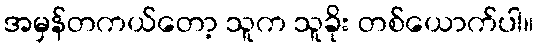
အမှန်တကယ်တော့ သူက သူခိုး တစ်ယောက်ပါ။